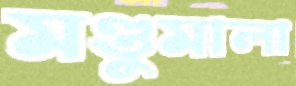
মণ্ডুমালা